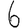
Digit: 6